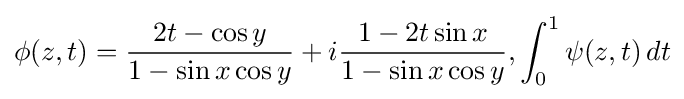
\phi (z,t)={\frac {2t-\cos y}{1-\sin x\cos y}}+i{\frac {1-2t\sin x}{1-\sin x\cos y}},\int _{0}^{1}\psi (z,t)\,dt